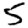
Digit: 5